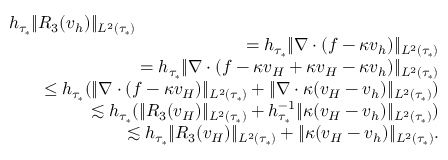
\begin{array} { r l r } { \lefteqn { h _ { \tau _ { * } } \| R _ { 3 } ( \boldsymbol { v } _ { h } ) \| _ { L ^ { 2 } ( \tau _ { * } ) } } } \\ & { } & { = h _ { \tau _ { * } } \| \nabla \cdot ( \boldsymbol { f } - \kappa \boldsymbol { v } _ { h } ) \| _ { L ^ { 2 } ( \tau _ { * } ) } } \\ & { } & { = h _ { \tau _ { * } } \| \nabla \cdot ( \boldsymbol { f } - \kappa \boldsymbol { v } _ { H } + \kappa \boldsymbol { v } _ { H } - \kappa \boldsymbol { v } _ { h } ) \| _ { L ^ { 2 } ( \tau _ { * } ) } } \\ & { } & { \leq h _ { \tau _ { * } } ( \| \nabla \cdot ( \boldsymbol { f } - \kappa \boldsymbol { v } _ { H } ) \| _ { L ^ { 2 } ( \tau _ { * } ) } + \| \nabla \cdot \kappa ( \boldsymbol { v } _ { H } - \boldsymbol { v } _ { h } ) \| _ { L ^ { 2 } ( \tau _ { * } ) } ) } \\ & { } & { \lesssim h _ { \tau _ { * } } ( \| R _ { 3 } ( \boldsymbol { v } _ { H } ) \| _ { L ^ { 2 } ( \tau _ { * } ) } + h _ { \tau _ { * } } ^ { - 1 } \| \kappa ( \boldsymbol { v } _ { H } - \boldsymbol { v } _ { h } ) \| _ { L ^ { 2 } ( \tau _ { * } ) } ) } \\ & { } & { \lesssim h _ { \tau _ { * } } \| R _ { 3 } ( \boldsymbol { v } _ { H } ) \| _ { L ^ { 2 } ( \tau _ { * } ) } + \| \kappa ( \boldsymbol { v } _ { H } - \boldsymbol { v } _ { h } ) \| _ { L ^ { 2 } ( \tau _ { * } ) } . } \end{array}